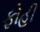
ફોહી